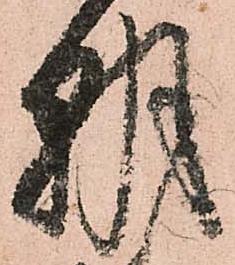
朝